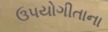
ઉપયોગીતાના